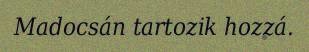
Madocsán tartozik hozzá.